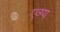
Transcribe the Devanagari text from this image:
एव्ग्य